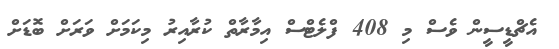
އެޗްޑީސީން ވެސް މި 408 ފްލެޓްސް އިމާރާތް ކުރާއިރު މިކަމަށް ވަރަށް ބޮޑަށް